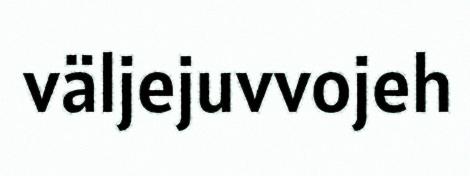
väljejuvvojeh